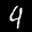
Label: 4